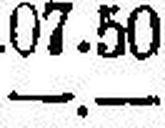
—.—